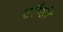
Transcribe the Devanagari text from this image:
टॉप्सी